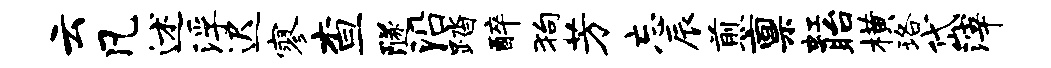
云凡述浮迟寥查隧沿踏醉狗芳忘辰煎禀虹眙横珞岱滓